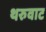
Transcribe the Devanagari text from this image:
थरुवाट